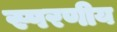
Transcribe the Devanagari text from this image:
स्परणीय